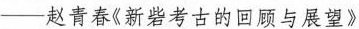
—赵青春《新砦考古的回顾与展望》